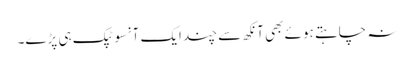
نہ چاہتے ہوئے بھی آنکھ سے چند ایک آنسو ٹپک ہی پڑے۔